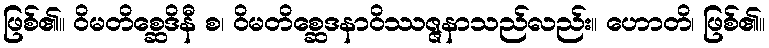
ဖြစ်၏။ ဝိမတိစ္ဆေဒိနီ စ၊ ဝိမတိစ္ဆေဒနာဝိဿဇ္ဇနာသည်လည်း။ ဟောတိ၊ ဖြစ်၏။